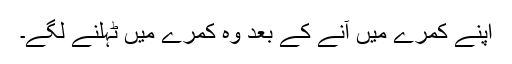
اپنے کمرے میں آنے کے بعد وہ کمرے میں ٹہلنے لگے۔